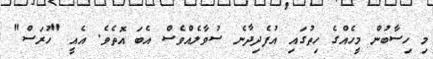
މި ހިސާބުން މީހެއްގެ ހިތުގައި އުފެދިދާނެ ސުވާލެއްވެސް އެބަ އޮތެވެ. އެއީ "ހުރަސް"